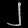
Digit: ၂